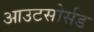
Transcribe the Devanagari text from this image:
आउटसोर्सड